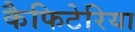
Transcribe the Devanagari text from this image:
कैफिटेरिया